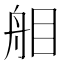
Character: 𦨧